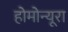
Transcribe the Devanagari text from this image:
होमोन्यूरा